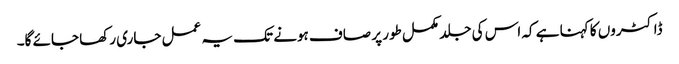
ڈاکٹروں کا کہنا ہے کہ اس کی جلد مکمل طور پر صاف ہونے تک یہ عمل جاری رکھا جائے گا۔